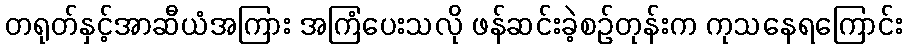
တရုတ်နှင့်အာဆီယံအကြား အကြံပေးသလို ဖန်ဆင်းခဲ့စဉ်တုန်းက ကုသနေရကြောင်း